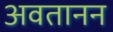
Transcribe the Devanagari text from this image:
अवतानन